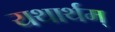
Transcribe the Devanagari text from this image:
यथार्थम्